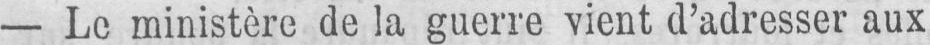
- Le ministère de la guerre vient d’adresser aux